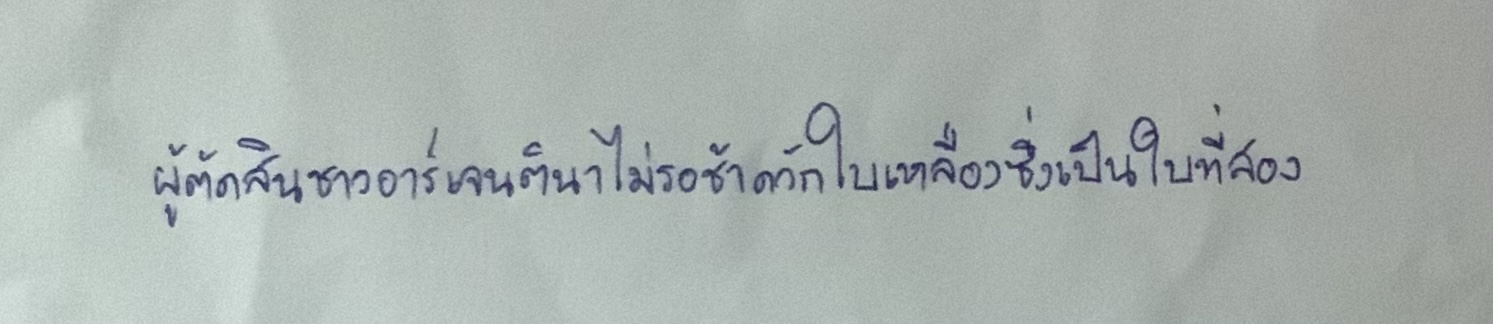
ผู้ตัดสินชาวอาร์เจนตินาไม่รอช้าควักใบเหลืองซึ่งเป็นใบที่สอง